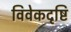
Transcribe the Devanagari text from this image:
विवेकदृष्टि